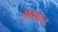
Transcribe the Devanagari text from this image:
अकाच